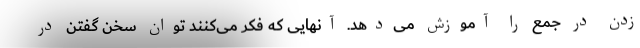
زدن در جمع را آموزش می‌دهد. آنهایی که فکر می‌کنند توان سخن گفتن در